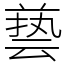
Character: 兿